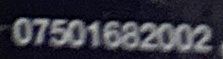
07501682002